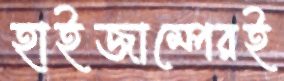
হাইজাম্পেরই